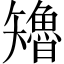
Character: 𮀊